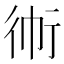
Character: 𲀛